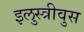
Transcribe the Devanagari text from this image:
इलुस्त्रीवुस